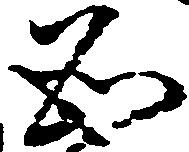
必